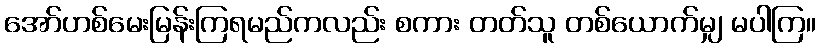
အော်ဟစ်မေးမြန်းကြရမည်ကလည်း စကား တတ်သူ တစ်ယောက်မျှ မပါကြ။